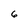
Character: 6